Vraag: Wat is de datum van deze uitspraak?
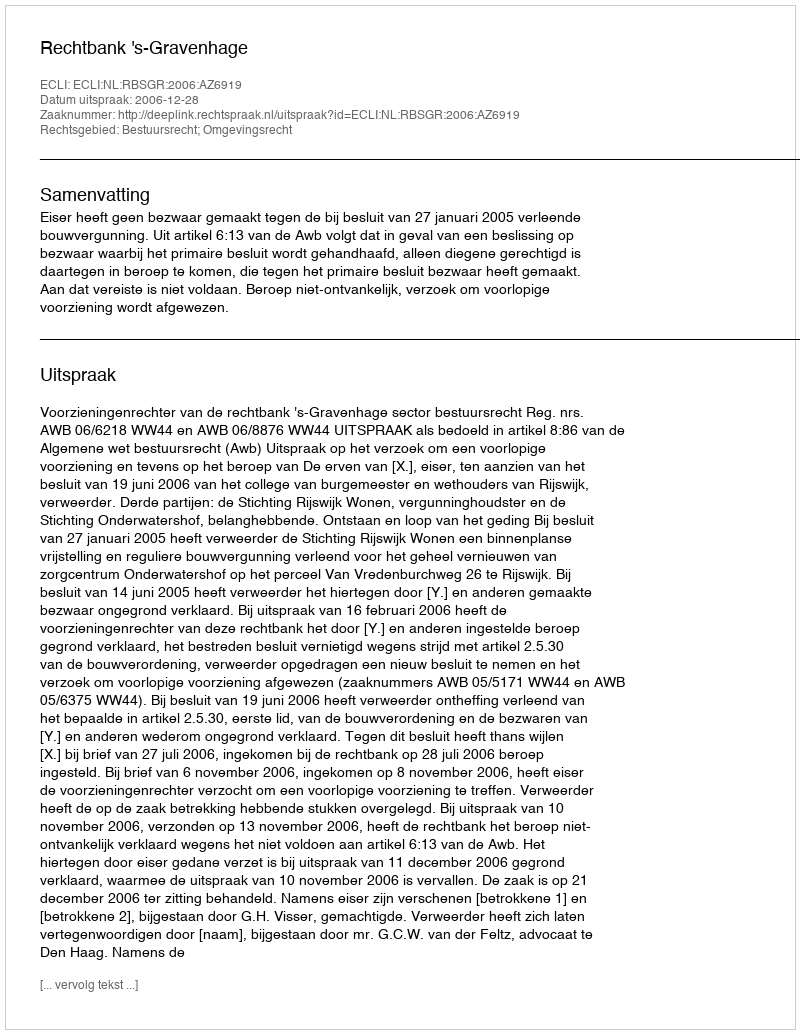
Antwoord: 2006-12-28